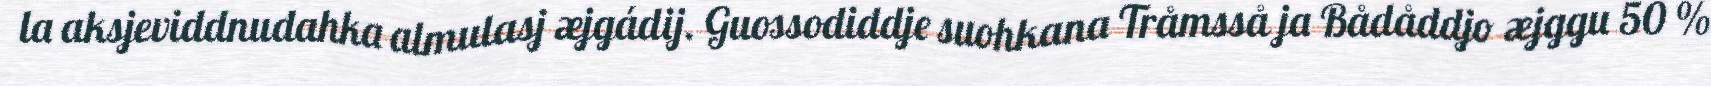
la aksjeviddnudahka almulasj æjgádij. Guossodiddje suohkana Tråmsså ja Bådåddjo æjggu 50 %